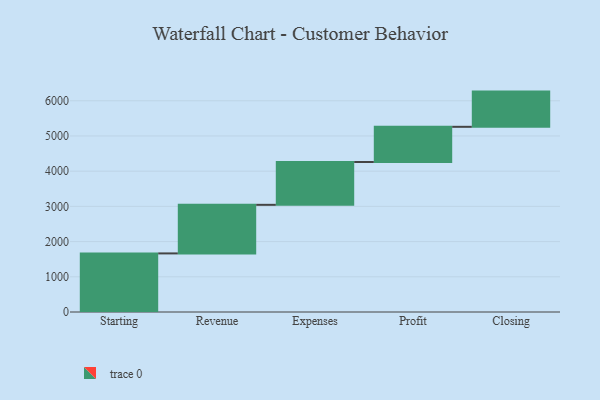
{"axis": {"x": "Step", "y": "Value"}, "legend": [""], "data": [{"x": "Starting", "y": 1664.0, "type": ""}, {"x": "Revenue", "y": 1380.0, "type": ""}, {"x": "Expenses", "y": 1216.0, "type": ""}, {"x": "Profit", "y": 1000, "type": ""}, {"x": "Closing", "y": 1000, "type": ""}]}